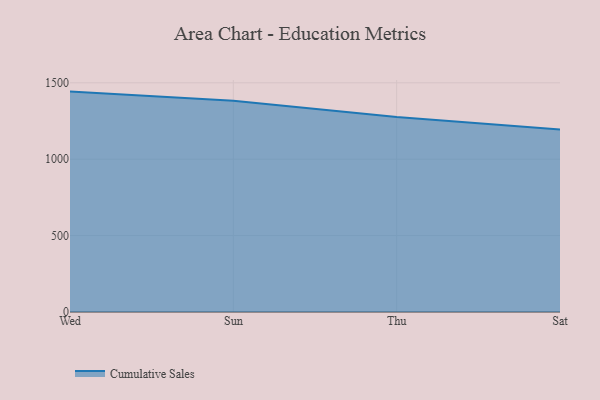
{"axis": {"x": "Day", "y": "Gross Profit (USD K)"}, "legend": ["Cumulative Sales"], "data": [{"x": "Wed", "y": 1442.5, "type": "Cumulative Sales"}, {"x": "Sun", "y": 1382.7, "type": "Cumulative Sales"}, {"x": "Thu", "y": 1276.1, "type": "Cumulative Sales"}, {"x": "Sat", "y": 1194.1, "type": "Cumulative Sales"}]}